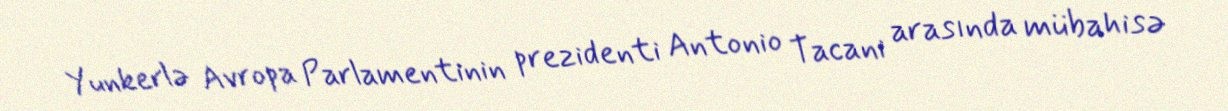
Yunkerlə Avropa Parlamentinin prezidenti Antonio Tacani arasında mübahisə